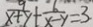
\frac { 9 } { x + y } + \frac { 6 } { x - y } = 3 .